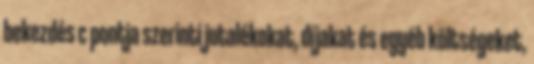
bekezdés c pontja szerinti jutalékokat, díjakat és egyéb költségeket,